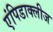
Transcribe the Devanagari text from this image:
एंपिडाक्लीज